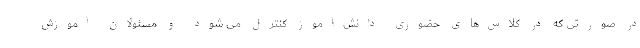
در صورتی که در کلاس‌های حضوری دانش‌آموز کنترل می شود و مسئولان آموزش